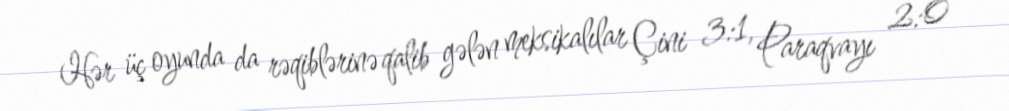
Hər üç oyunda da rəqiblərinə qalib gələn meksikalılar Çini 3:1, Paraqvayı 2:0